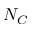
N _ { C }